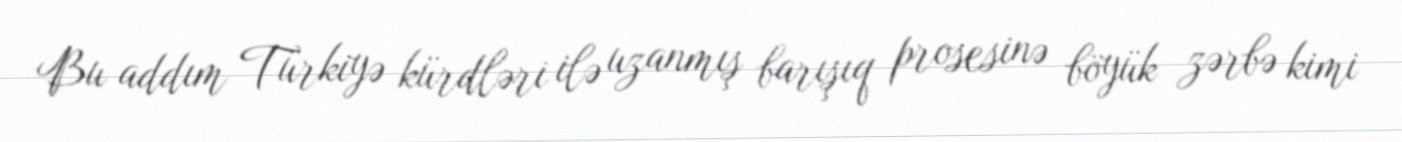
Bu addım Türkiyə kürdləri ilə uzanmış barışıq prosesinə böyük zərbə kimi